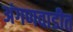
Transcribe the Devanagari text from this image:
अंगणवाडीत